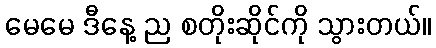
မေမေ ဒီနေ့ ည စတိုးဆိုင်ကို သွားတယ်။